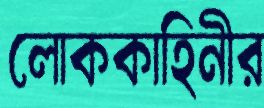
লোককাহিনীর